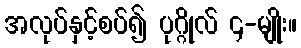
အလုပ်နှင့်စပ်၍ ပုဂ္ဂိုလ် ၄-မျိုး။